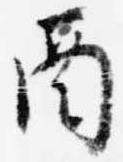
酉